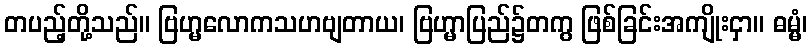
တပည့်တို့သည်။ ဗြဟ္မလောကသဟဗျတာယ၊ ဗြဟ္မာပြည်၌တကွ ဖြစ်ခြင်းအကျိုးငှာ။ ဓမ္မံ၊